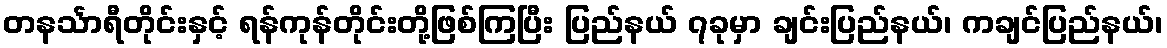
တနင်္သာရီတိုင်းနှင့် ရန်ကုန်တိုင်းတို့ဖြစ်ကြပြီး ပြည်နယ် ၇ခုမှာ ချင်းပြည်နယ်၊ ကချင်ပြည်နယ်၊